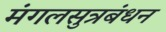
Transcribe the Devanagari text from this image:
मंगलसुत्रबंधन